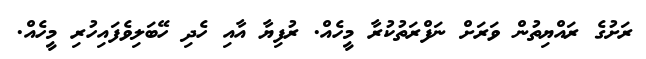
ރަށުގެ ރައްޔިތުން ވަރަށް ނަފްރަތުކުރާ މީހެއް. ރުފިޔާ އާއި ހެދި ހޭބަލިވެފައިހުރި މީހެއް.